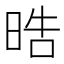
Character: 晧